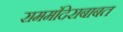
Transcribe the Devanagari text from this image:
राममंदिराबाबत